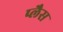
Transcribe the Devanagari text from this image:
प्लैस